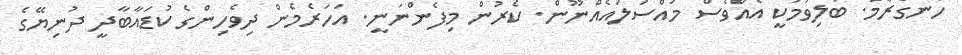
ހަނގުރާމަ. ބަލިވުމަކީ އެއްވެސް މައްސަލައެއްނޫން. ކެރުން މިފެންނަނީ. އަހަރެމެން ދިވެހިންގެ ކުޑައާބާދީ ދުނިޔޭގެ